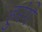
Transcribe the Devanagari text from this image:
हुरंगे